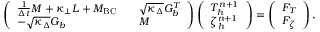
\left( \begin{array} { l l l } { \frac { 1 } { \Delta t } M + \kappa _ { \perp } L + M _ { \mathrm { B C } } } & & { \sqrt { \kappa _ { \Delta } } G _ { b } ^ { T } } \\ { - \sqrt { \kappa _ { \Delta } } G _ { b } } & & { M } \end{array} \right) \left( \begin{array} { l } { T _ { h } ^ { n + 1 } } \\ { \zeta _ { h } ^ { n + 1 } } \end{array} \right) = \left( \begin{array} { l } { F _ { T } } \\ { F _ { \zeta } } \end{array} \right) ,